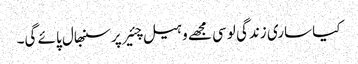
کیا ساری زندگی لوسی مجھے وہیل چئیر پر سنبھال پائے گی۔